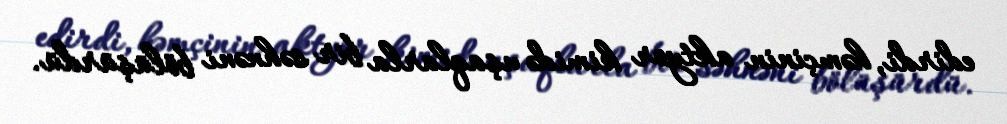
edirdi, həmçinin aktyor kimidə uşaqlarla bir səhnəni bölüşürdü.